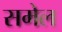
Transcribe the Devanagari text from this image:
समेल